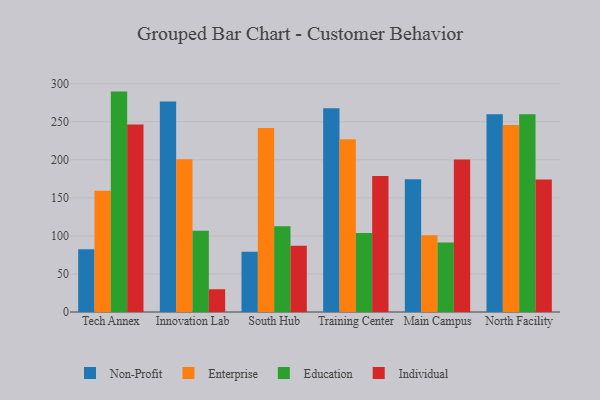
{"axis": {"x": "Campus", "y": "Shipments"}, "legend": ["Education", "Enterprise", "Individual", "Non-Profit"], "data": [{"x": "Tech Annex", "y": 82.5, "type": "Non-Profit"}, {"x": "Tech Annex", "y": 159.4, "type": "Enterprise"}, {"x": "Tech Annex", "y": 289.6, "type": "Education"}, {"x": "Tech Annex", "y": 246.3, "type": "Individual"}, {"x": "Innovation Lab", "y": 276.7, "type": "Non-Profit"}, {"x": "Innovation Lab", "y": 200.8, "type": "Enterprise"}, {"x": "Innovation Lab", "y": 106.8, "type": "Education"}, {"x": "Innovation Lab", "y": 29.9, "type": "Individual"}, {"x": "South Hub", "y": 79.1, "type": "Non-Profit"}, {"x": "South Hub", "y": 241.8, "type": "Enterprise"}, {"x": "South Hub", "y": 112.7, "type": "Education"}, {"x": "South Hub", "y": 87.0, "type": "Individual"}, {"x": "Training Center", "y": 267.8, "type": "Non-Profit"}, {"x": "Training Center", "y": 226.9, "type": "Enterprise"}, {"x": "Training Center", "y": 103.7, "type": "Education"}, {"x": "Training Center", "y": 178.8, "type": "Individual"}, {"x": "Main Campus", "y": 174.5, "type": "Non-Profit"}, {"x": "Main Campus", "y": 101.0, "type": "Enterprise"}, {"x": "Main Campus", "y": 91.3, "type": "Education"}, {"x": "Main Campus", "y": 200.5, "type": "Individual"}, {"x": "North Facility", "y": 259.8, "type": "Non-Profit"}, {"x": "North Facility", "y": 245.6, "type": "Enterprise"}, {"x": "North Facility", "y": 259.8, "type": "Education"}, {"x": "North Facility", "y": 174.2, "type": "Individual"}]}